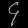
Digit: ၄